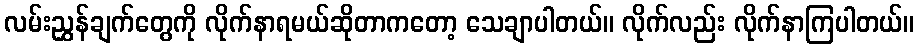
လမ်းညွှန်ချက်တွေကို လိုက်နာရမယ်ဆိုတာကတော့ သေချာပါတယ်။ လိုက်လည်း လိုက်နာကြပါတယ်။